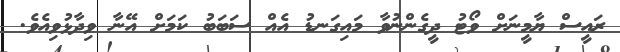
ރައީސް ޔާމީނަށް ވޯޓު ދީގެންނުވާ މައިގަނޑު އެއް ސަބަބު ކަމަށް އޭނާ ވިދާޅުވިއެވެ.